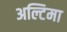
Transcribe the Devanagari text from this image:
अल्टिमा